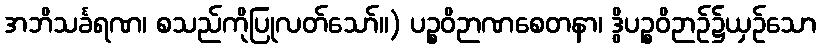
အဘိသင်္ခရဏ၊ စသည်ကိုပြုလတ်သော်။) ပဉ္စဝိဉာဏစေတနာ၊ ဒွိပဉ္စဝိဉာဉ်၌ယှဉ်သော